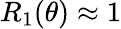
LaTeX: R_{1}(\theta)\approx 1